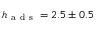
h _ { \mathrm { ~ a ~ d ~ s ~ } } = 2 . 5 \pm 0 . 5